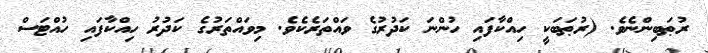
ރުޠަބިންނެވެ. (ރުޠަބަކީ ހިއްކާފައި ހުންނަ ކަދުރުގެ ވައްތަރެކެވެ. މިވައްތަރުގެ ކަދުރު ހިއްކާފައި ހުއްޓަސް